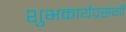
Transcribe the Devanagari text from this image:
शुभकार्यप्रसंगी